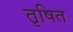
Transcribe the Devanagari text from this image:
तृषित